Vaccine operations Central Provinces 1868-1885 - 1868-1885
Year: 1868
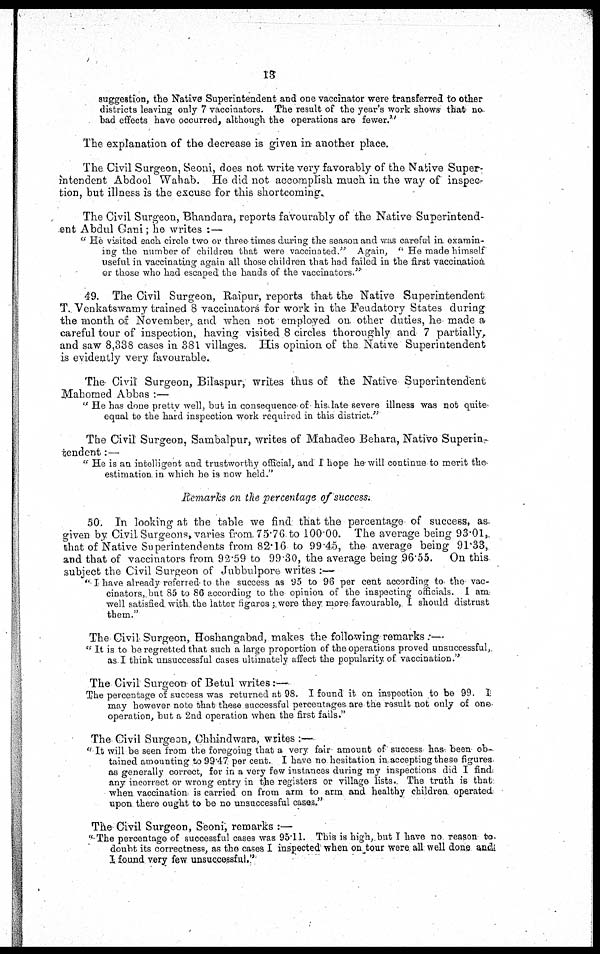
13
suggestion, the Native Superintendent and one vaccinator were transferred to other
districts leaving only 7 vaccinators. The result of the year's work shows that no.
bad effects have occurred, although the operations are fewer."
The explanation of the decrease is given in another place.
The Civil Surgeon, Seoni, does not write very favorably of the Native Super-
intendent Abdool Wahab. He did not accomplish much in the way of inspec-
tion, but illness is the excuse for this shortcoming.
The Civil Surgeon, Bhandara, reports favourably of the Native Superintend-
ent Abdul Gani; he writes :—
" He visited each circle two or three-times during the season and was careful in. examin-
ing the number of children that were vaccinated." Again, " He made himself
useful in vaccinating again all those children that had failed in the first vaccination
or those who had escaped the hands of the vaccinators."
49. The Civil Surgeon, Raipur, reports that the Native Superintendent
T. Venkatswamy trained 8 vaccinators for work in the Feudatory States during
the month of November, and when not employed on. other duties, he- made a
careful tour of inspection, having visited 8 circles thoroughly and 7 partially,
and saw 8,338 cases in 381 villages. His opinion of the Native Superintendent
is evidently very favourable.
The Civil Surgeon, Bilaspur, writes thus of the Native Superintendent
Mahomed Abbas :—
" He has done pretty well, but in consequence of his late severe illness was not quite-
equal to the hard inspection work required in this district."
The Civil Surgeon, Sambalpur, writes of Mahadeo Behara, Native Superin-
tendent :—
" He is an intelligent and trustworthy official, and I hope he will continue to merit the
estimation in which he is now held."
Remarks on the percentage of success.
50. In looking at the table we find that the percentage of success, as-
given by Civil Surgeons, varies from. 75.76 to 100.00. The average being 93.01,
that of Native Superintendents from 82.16 to 99.45, the average being 91.33,
and that of vaccinators from 92.59 to 99.30, the average being 96.55.
On this
subject the Civil Surgeon of Jubbulpore writes :—
" I have already referred to the success as 95 to 96 per cent according to. the vac-
cinators, but 85 to 86 according to the opinion of the inspecting officials. I am
well satisfied with the latter figures ; were they more favourable, I should distrust
them."
The Civil Surgeon, Hoshangabad, makes the following remarks :—
" It is to be regretted that such a large proportion of the operations proved unsuccessful,
as I think unsuccessful cases ultimately affect the popularity of, vaccination."
The Civil Surgeon of Betul writes:—
The percentage of success was returned at 98. I found it on inspection to be 99. I
may however note that these successful percentages are the result not only of one
operation, but a 2nd operation when the first fails."
The Civil Surgeon, Chhindwara, writes :—
" It will be seen from the foregoing that a very fair amount of success has been ob-
tained amounting to 99.47 per cent. I have no hesitation in accepting these figures
as generally correct, for in a very few instances during my inspections did I find
any incorrect or wrong entry in the registers or village lists. The truth is that
when vaccination is carried on from arm to arm and healthy children operated
upon there ought to be no unsuccessful cases."
The Civil Surgeon, Seoni, remarks :—
" The percentage of successful cases was 95.11. This is high, but I have no reason to.
doubt its correctness, as the cases I inspected' when on tour were all well done and
I found very few unsuccessful."